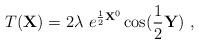
LaTeX: \begin{align*}T({\bf X}) = 2\lambda ~e^{{1\over 2}{\bf X}^0}\cos({1\over 2}{\bf Y})~,\end{align*}